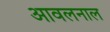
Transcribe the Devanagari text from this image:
आवलनाल